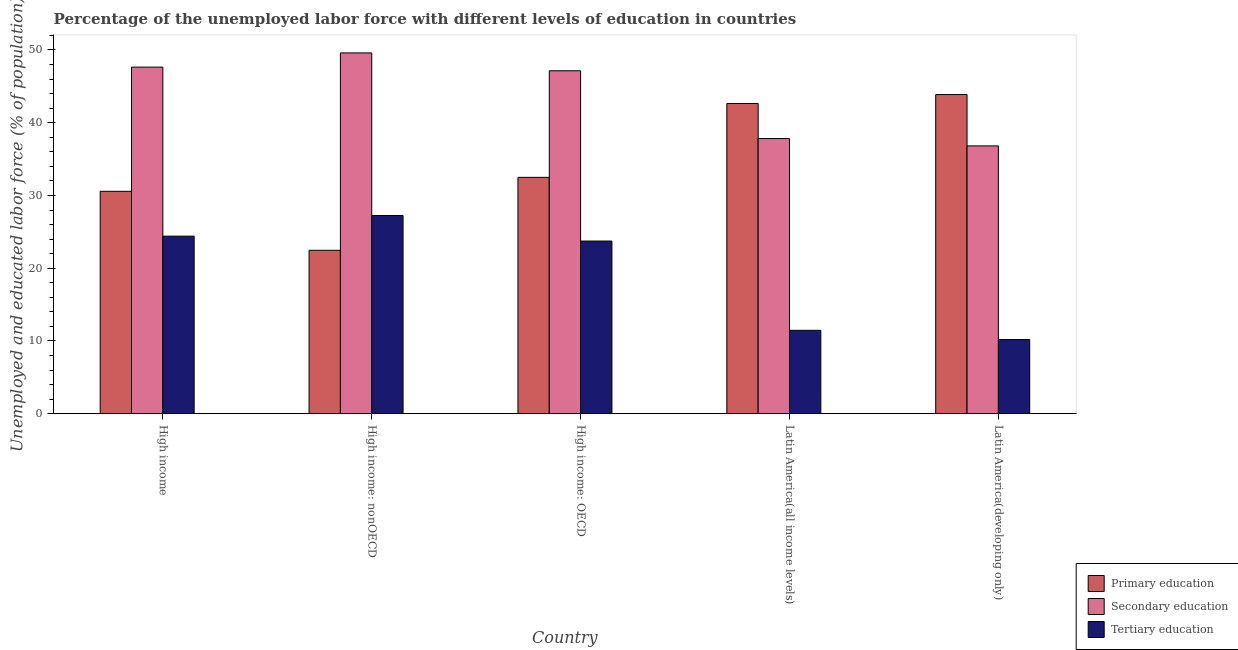
| Country | Primary education | Secondary education | Tertiary education |
 | --- | --- | --- | --- |
 | High income | 30.6 | 47.6 | 24.4 |
 | High income: nonOECD | 22.5 | 49.6 | 27.2 |
 | High income: OECD | 32.5 | 47.1 | 23.7 |
 | Latin America(all income levels) | 42.6 | 37.8 | 11.5 |
 | Latin America(developing only) | 43.9 | 36.8 | 10.2 |